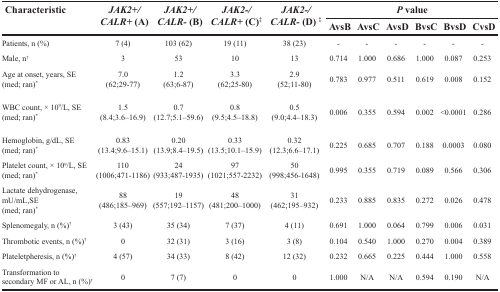
<table><thead><tr><td rowspan="2"><b>Characteristic</b></td><td rowspan="2"><b><i>JAK2</i>+/<i>CALR</i>+ (A)</b></td><td rowspan="2"><b><i>JAK2</i>+/<i>CALR</i>- (B)</b></td><td rowspan="2"><b><i>JAK2</i>-/<i>CALR</i>+ (C)<sup>‡</sup></b></td><td rowspan="2"><b><i>JAK2</i>-/<i>CALR</i>- (D) <sup>‡</sup></b></td><td colspan="6"><b><i>P</i> value</b></td></tr><tr><td><b>AvsB</b></td><td><b>AvsC</b></td><td><b>AvsD</b></td><td><b>BvsC</b></td><td><b>BvsD</b></td><td><b>CvsD</b></td></tr></thead><tbody><tr><td>Patients, n (%)</td><td>7 (4)</td><td>103 (62)</td><td>19 (11)</td><td>38 (23)</td><td>-</td><td>-</td><td>-</td><td>-</td><td>-</td><td>-</td></tr><tr><td>Male, n<sup>†</sup></td><td>3</td><td>53</td><td>10</td><td>13</td><td>0.714</td><td>1.000</td><td>0.686</td><td>1.000</td><td>0.087</td><td>0.253</td></tr><tr><td>Age at onset, years, SE (med; ran)<sup>*</sup></td><td>7.0(62;29-77)</td><td>1.2(63;6-87)</td><td>3.3(62;25-80)</td><td>2.9(52;11-80)</td><td>0.783</td><td>0.977</td><td>0.511</td><td>0.619</td><td>0.008</td><td>0.152</td></tr><tr><td>WBC count, × 10<sup>9</sup>/L, SE(med; ran)<sup>*</sup></td><td>1.5(8.4;3.6–16.9)</td><td>0.7(12.7;5.1–59.6)</td><td>0.8(9.5;4.5–18.8)</td><td>0.5(9.0;4.4–18.3)</td><td>0.006</td><td>0.355</td><td>0.594</td><td>0.002</td><td>&lt;0.0001</td><td>0.286</td></tr><tr><td>Hemoglobin, g/dL, SE(med; ran)<sup>*</sup></td><td>0.83(13.4;9.6–15.1)</td><td>0.20(13.9;8.4–19.5)</td><td>0.33(13.5;10.1–15.9)</td><td>0.32(12.3;6.6–17.1)</td><td>0.225</td><td>0.685</td><td>0.707</td><td>0.188</td><td>0.0003</td><td>0.080</td></tr><tr><td>Platelet count, × 10<sup>9</sup>/L, SE(med; ran)<sup>*</sup></td><td>110(1006;471-1186)</td><td>24(933;487-1935)</td><td>97(1021;557-2232)</td><td>50(998;456-1648)</td><td>0.995</td><td>0.355</td><td>0.719</td><td>0.089</td><td>0.566</td><td>0.306</td></tr><tr><td>Lactate dehydrogenase, mU/mL, SE(med; ran)<sup>*</sup></td><td>88(486;185–969)</td><td>19(557;192–1157)</td><td>48(481;200–1000)</td><td>31(462;195–932)</td><td>0.233</td><td>0.885</td><td>0.835</td><td>0.272</td><td>0.026</td><td>0.478</td></tr><tr><td>Splenomegaly, n (%)<sup>†</sup></td><td>3 (43)</td><td>35 (34)</td><td>7 (37)</td><td>4 (11)</td><td>0.691</td><td>1.000</td><td>0.064</td><td>0.799</td><td>0.006</td><td>0.031</td></tr><tr><td>Thrombotic events, n (%)<sup>†</sup></td><td>0</td><td>32 (31)</td><td>3 (16)</td><td>3 (8)</td><td>0.104</td><td>0.540</td><td>1.000</td><td>0.270</td><td>0.004</td><td>0.389</td></tr><tr><td>Plateletpheresis, n (%)<sup>†</sup></td><td>4 (57)</td><td>34 (33)</td><td>8 (42)</td><td>12 (32)</td><td>0.232</td><td>0.665</td><td>0.225</td><td>0.444</td><td>1.000</td><td>0.558</td></tr><tr><td>Transformation to secondary MF or AL, n (%)<sup>†</sup></td><td>0</td><td>7 (7)</td><td>0</td><td>0</td><td>1.000</td><td>N/A</td><td>N/A</td><td>0.594</td><td>0.190</td><td>N/A</td></tr></tbody></table>